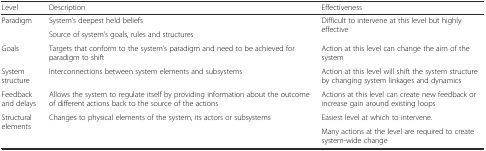
| Level | Description | Effectiveness |
 | --- | --- | --- |
 | <ROWSPAN=2> Paradigm | System’s deepest held beliefs | <ROWSPAN=2> Difficult to intervene at this level but highly effective |
 | Source of system’s goals, rules and structures |
 | Goals | Targets that conform to the system’s paradigm and need to be achieved for paradigm to shift | Action at this level can change the aim of the system |
 | System structure | Interconnections between system elements and subsystems | Action at this level will shift the system structure by changing system linkages and dynamics |
 | Feedback and delays | Allows the system to regulate itself by providing information about the outcome of different actions back to the source of the actions | Actions at this level can create new feedback or increase gain around existing loops |
 | <ROWSPAN=2> Structural elements | <ROWSPAN=2> Changes to physical elements of the system, its actors or subsystems | Easiest level at which to intervene. |
 | Many actions at the level are required to create system-wide change |